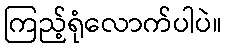
ကြည့်ရုံလောက်ပါပဲ။